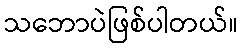
သဘောပဲဖြစ်ပါတယ်။